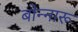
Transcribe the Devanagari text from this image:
बोन्नारू